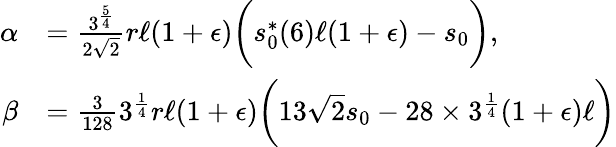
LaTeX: \begin{array}{rl}{\alpha}&{=\frac{3^{\frac{5}{4}}}{2\sqrt{2}}r\ell(1+\epsilon)\bigg(s_{0}^{*}(6)\ell(1+\epsilon)-s_{0}\bigg),}\\ {\beta}&{=\frac{3}{128}3^{\frac{1}{4}}r\ell(1+\epsilon)\bigg(13\sqrt{2}s_{0}-28\times 3^{\frac{1}{4}}(1+\epsilon)\ell\bigg)}\end{array}